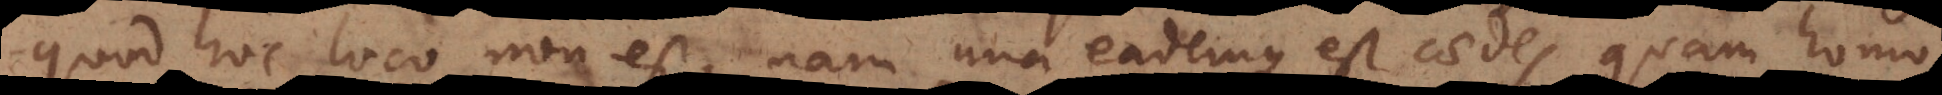
quod hoc loco non est, nam una eademque est caedes quam homo